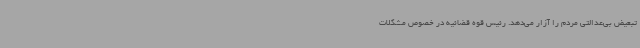
تبعیض بی‌عدالتی مردم را آزار می‌دهد. رئیس قوه قضائیه در خصوص مشکلات